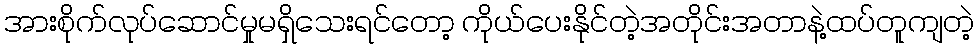
အားစိုက်လုပ်ဆောင်မှုမရှိသေးရင်တော့ ကိုယ်ပေးနိုင်တဲ့အတိုင်းအတာနဲ့ထပ်တူကျတဲ့